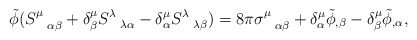
\begin{align*}\tilde \phi (S^{\mu}_{\hspace{.3 true cm} \alpha \beta} +\delta^{\mu}_{\beta} S^{\lambda}_{\hspace{.3 true cm} \lambda \alpha}- \delta^{\mu}_{\alpha} S^{\lambda}_{\hspace{.3 true cm} \lambda\beta}) = 8\pi \sigma^{\mu}_{\hspace{.3 true cm}\alpha \beta} +\delta^{\mu}_{\alpha}\tilde \phi_{, \beta} - \delta^{\mu}_{\beta}\tilde \phi_{,\alpha},\end{align*}